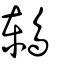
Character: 鶇